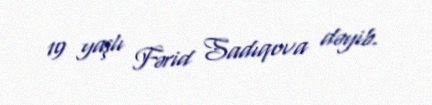
19 yaşlı Fərid Sadıqova dəyib.